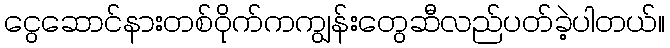
ငွေဆောင်နားတစ်ဝိုက်ကကျွန်းတွေဆီလည်ပတ်ခဲ့ပါတယ်။